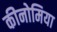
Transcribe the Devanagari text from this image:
कीनोमिया